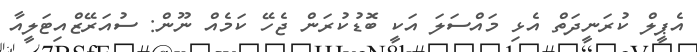
އެޕީލް ކުރަނީދަތް އެޅި މައްސަލަ އަކީ ބޮޑުކުރަން ޖެހޭ ކަމެއް ނޫން: ސުއަރޭޒްއިޓަލީއާ